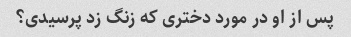
پس از او در مورد دختری که زنگ زد پرسیدی؟